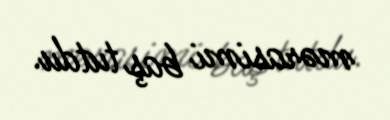
mərasimi baş tutdu.